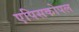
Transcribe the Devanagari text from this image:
एपिसकोपल